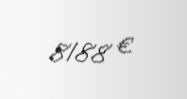
8188 €